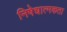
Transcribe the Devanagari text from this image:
निषेधात्मकता